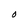
Character: O